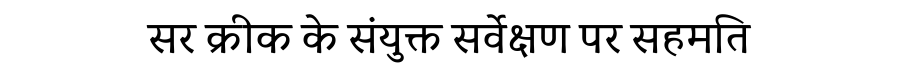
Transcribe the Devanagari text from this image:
सर क्रीक के संयुक्त सर्वेक्षण पर सहमति